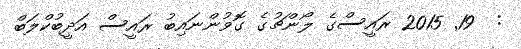
:  19